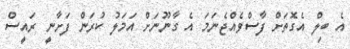
އެ ބިލް އެގޮތަށް ފާސްވެއްޖެނަމަ އެ ގާނޫނަށް އަމަލު ކުރަން ފަށާނީ ރައީސް